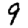
Digit: 9